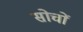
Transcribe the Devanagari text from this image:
सोचों